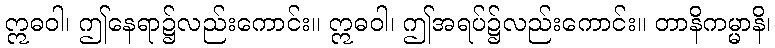
ဣဓဝါ၊ ဤနေရာ၌လည်းကောင်း။ ဣဓဝါ၊ ဤအရပ်၌လည်းကောင်း။ တာနိကမ္မာနိ၊